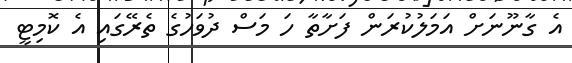
އެ ގާނޫނަށް އަމަލުކުރަން ފަށާތާ ހަ މަސް ދުވަހުގެ ތެރޭގައި އެ ކޮމިޓީ